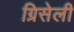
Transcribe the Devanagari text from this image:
ग्रिसेली